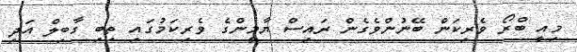
މިއީ ބްރޯ ވެރިކަން ބޭނުންވެގެން ރައިސް ޔާމީންގެ ވެރިކަމުގައި ތިބި ގާބިލް އަދި